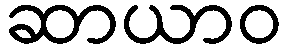
ဆာယာဝ